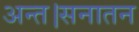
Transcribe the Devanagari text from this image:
अन्त।सनातन